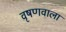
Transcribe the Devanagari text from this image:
वृषणवाला